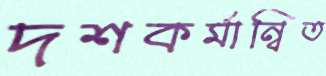
দশকর্মান্বিত